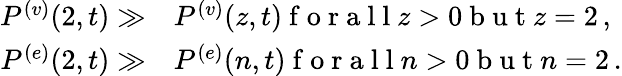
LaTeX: \begin{array}{r}{\begin{array}{rl}{P^{(v)}({2},{t})\gg}&{{}P^{(v)}({z},{t})\mathrm{~f~o~r~a~l~l~}z>0\mathrm{~b~u~t~}z=2\, ,}\\ {P^{(e)}({2},{t})\gg}&{{}P^{(e)}({n},{t})\mathrm{~f~o~r~a~l~l~}n>0\mathrm{~b~u~t~}n=2\, .}\end{array}}\end{array}